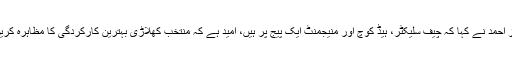
سرفراز احمد نے کہا کہ چیف سلیکٹر، ہیڈ کوچ اور منیجمنٹ ایک پیج پر ہیں، امید ہے کہ منتخب کھلاڑی بہترین کارکردگی کا مظاہرہ کریں گے۔